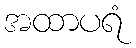
အထာပရံ